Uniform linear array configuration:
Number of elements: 24
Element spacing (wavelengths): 0.75
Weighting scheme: exponential
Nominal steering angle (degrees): -60
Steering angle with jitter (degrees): -61.84
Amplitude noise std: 0.05
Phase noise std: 0.05

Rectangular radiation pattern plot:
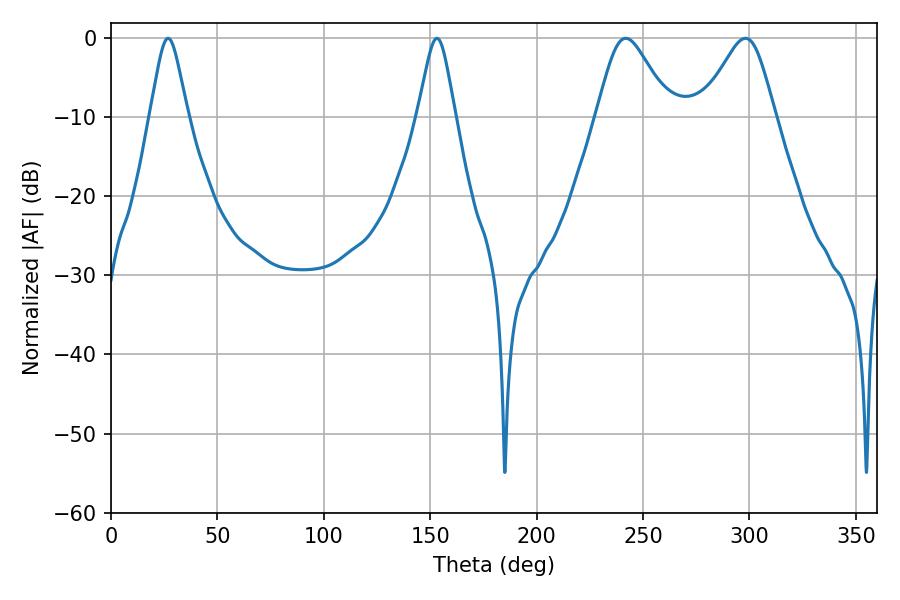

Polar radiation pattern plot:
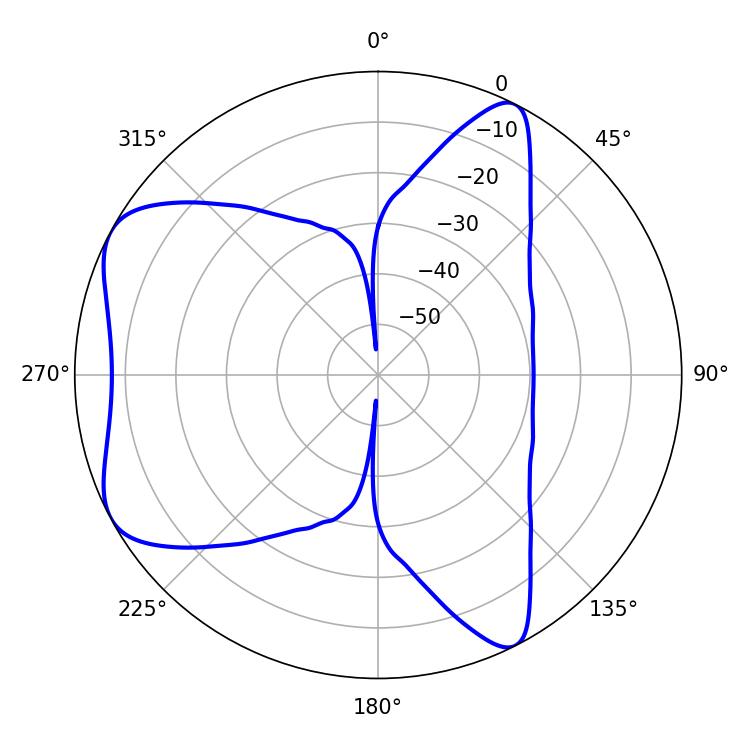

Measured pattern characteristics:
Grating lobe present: TRUE
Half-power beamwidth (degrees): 8.46
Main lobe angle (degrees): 26.82